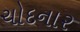
ચોદનાર